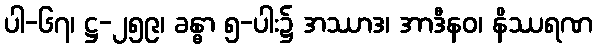
ပါ-၆၇၊ ဋ္ဌ-၂၅၉၊ ခန္ဓာ ၅-ပါး၌ အဿာဒ၊ အာဒီနဝ၊ နိဿရဏ